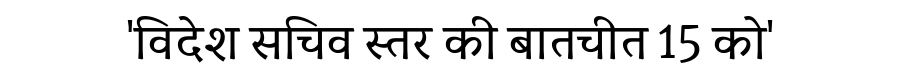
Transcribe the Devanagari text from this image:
'विदेश सचिव स्तर की बातचीत 15 को'